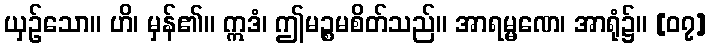
ယှဉ်သော။ ဟိ၊ မှန်၏။ ဣဒံ၊ ဤမဉ္စမစိတ်သည်။ အာရမ္မဏေ၊ အာရုံ၌။ [၀၇]